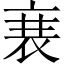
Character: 𮕱